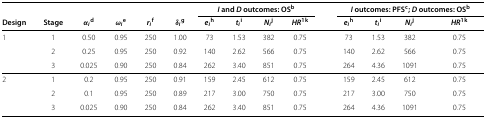
<table><thead><tr><td><b> </b></td><td><b> </b></td><td><b> </b></td><td><b> </b></td><td><b> </b></td><td><b> </b></td><td colspan="4"><b><i>I </i>and <i>D </i>outcomes: OS<sup>b</sup></b></td><td><b> </b></td><td colspan="4"><b><i>I </i>outcomes: PFS<sup>c</sup>; <i>D </i>outcomes: OS<sup>b</sup></b></td></tr><tr><td><b>Design</b></td><td><b>Stage</b></td><td><b><i>α</i><sub><i>i</i></sub><sup>d</sup></b></td><td><b><i>ω</i><sub><i>i</i></sub><sup>e</sup></b></td><td><b><i>r</i><sub><i>i</i></sub><sup>f</sup></b></td><td><b><i>δ</i><sub><i>i</i></sub><sup>g</sup></b></td><td><b><i>e</i><sub><i>i</i></sub><sup>h</sup></b></td><td><b><i>t</i><sub><i>i</i></sub><sup>i</sup></b></td><td><b><i>N</i><sub><i>i</i></sub><sup>j</sup></b></td><td><b><i>H</i><i>R</i><sup>1</sup><sup>k</sup></b></td><td><b> </b></td><td><b><i>e</i><sub><i>i</i></sub><sup>h</sup></b></td><td><b><i>t</i><sub><i>i</i></sub><sup>i</sup></b></td><td><b><i>N</i><sub><i>i</i></sub><sup>j</sup></b></td><td><b><i>H</i><i>R</i><sup>1</sup><sup>k</sup></b></td></tr></thead><tbody><tr><td>1</td><td>1</td><td>0.50</td><td>0.95</td><td>250</td><td>1.00</td><td>73</td><td>1.53</td><td>382</td><td>0.75</td><td> </td><td>73</td><td>1.53</td><td>382</td><td>0.75</td></tr><tr><td> </td><td>2</td><td>0.25</td><td>0.95</td><td>250</td><td>0.92</td><td>140</td><td>2.62</td><td>566</td><td>0.75</td><td> </td><td>140</td><td>2.62</td><td>566</td><td>0.75</td></tr><tr><td> </td><td>3</td><td>0.025</td><td>0.90</td><td>250</td><td>0.84</td><td>262</td><td>3.40</td><td>851</td><td>0.75</td><td> </td><td>264</td><td>4.36</td><td>1091</td><td>0.75</td></tr><tr><td>2</td><td>1</td><td>0.2</td><td>0.95</td><td>250</td><td>0.91</td><td>159</td><td>2.45</td><td>612</td><td>0.75</td><td> </td><td>159</td><td>2.45</td><td>612</td><td>0.75</td></tr><tr><td> </td><td>2</td><td>0.1</td><td>0.95</td><td>250</td><td>0.89</td><td>217</td><td>3.00</td><td>750</td><td>0.75</td><td> </td><td>217</td><td>3.00</td><td>750</td><td>0.75</td></tr><tr><td> </td><td>3</td><td>0.025</td><td>0.90</td><td>250</td><td>0.84</td><td>262</td><td>3.40</td><td>851</td><td>0.75</td><td> </td><td>264</td><td>4.36</td><td>1091</td><td>0.75</td></tr></tbody></table>